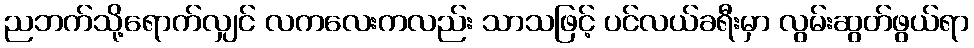
ညဘက်သို့ရောက်လျှင် လကလေးကလည်း သာသဖြင့် ပင်လယ်ခရီးမှာ လွမ်းဆွတ်ဖွယ်ရာ